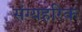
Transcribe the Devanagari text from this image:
संग्यहरिक